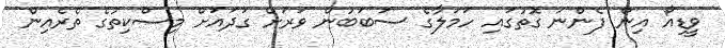
ވީޑިއޯ އިން ފެންނަ ގޮތުގައި ހަމަލާގެ ސަބަބުން ވަރަށް ގަދައަށް މިސްކިތުގެ ތެރެއިން